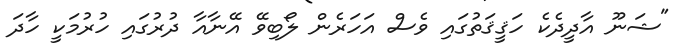
"ޝަނޫ އާދީދެކެ ހަޤީޤަތުގައި ވެސް އަހަރެން ލޯބިވޭ އޭނާއާ ދުރުގައި ހުރުމަކީ ހާދަ